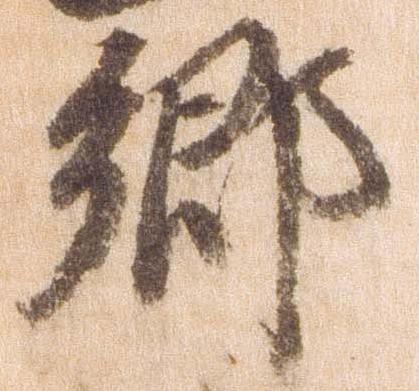
郷